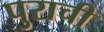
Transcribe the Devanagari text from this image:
पुराची